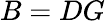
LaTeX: B=DG